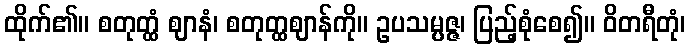
ထိုက်၏။ စတုတ္ထံ ဈာနံ၊ စတုတ္ထဈာန်ကို။ ဥပသမ္ပဇ္ဇ၊ ပြည့်စုံစေ၍။ ဝိတရီတုံ၊